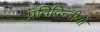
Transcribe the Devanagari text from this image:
प्रतिद्विन्दीयों